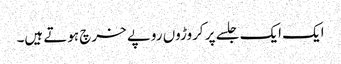
ایک ایک جلسے پر کروڑوں روپے خرچ ہوتے ہیں۔